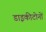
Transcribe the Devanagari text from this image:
डाइकीटोनों